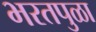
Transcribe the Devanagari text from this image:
भरतपुळा